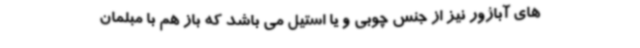
های آباژور نیز از جنس چوبی و یا استیل می باشد که باز هم با مبلمان